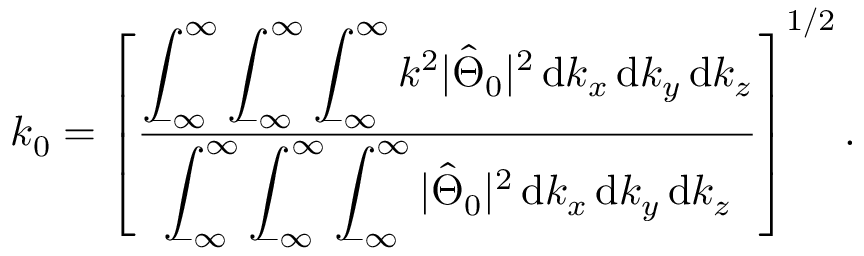
k _ { 0 } = \left[ \frac { \displaystyle \int _ { \! \! - \infty } ^ { \infty } \displaystyle \int _ { \! \! - \infty } ^ { \infty } \displaystyle \int _ { \! \! - \infty } ^ { \infty } k ^ { 2 } | \hat { \Theta } _ { 0 } | ^ { 2 } \, \mathrm { d } k _ { x } \, \mathrm { d } k _ { y } \, \mathrm { d } k _ { z } } { \displaystyle \int _ { \! \! - \infty } ^ { \infty } \displaystyle \int _ { \! \! - \infty } ^ { \infty } \displaystyle \int _ { \! \! - \infty } ^ { \infty } | \hat { \Theta } _ { 0 } | ^ { 2 } \, \mathrm { d } k _ { x } \, \mathrm { d } k _ { y } \, \mathrm { d } k _ { z } } \right] ^ { 1 / 2 } .